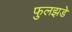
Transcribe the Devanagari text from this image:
फुलझडे